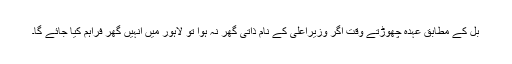
بل کے مطابق عہدہ چھوڑتے وقت اگر وزیراعلیٰ کے نام ذاتی گھر نہ ہوا تو لاہور میں انہیں گھر فراہم کیا جائے گا۔